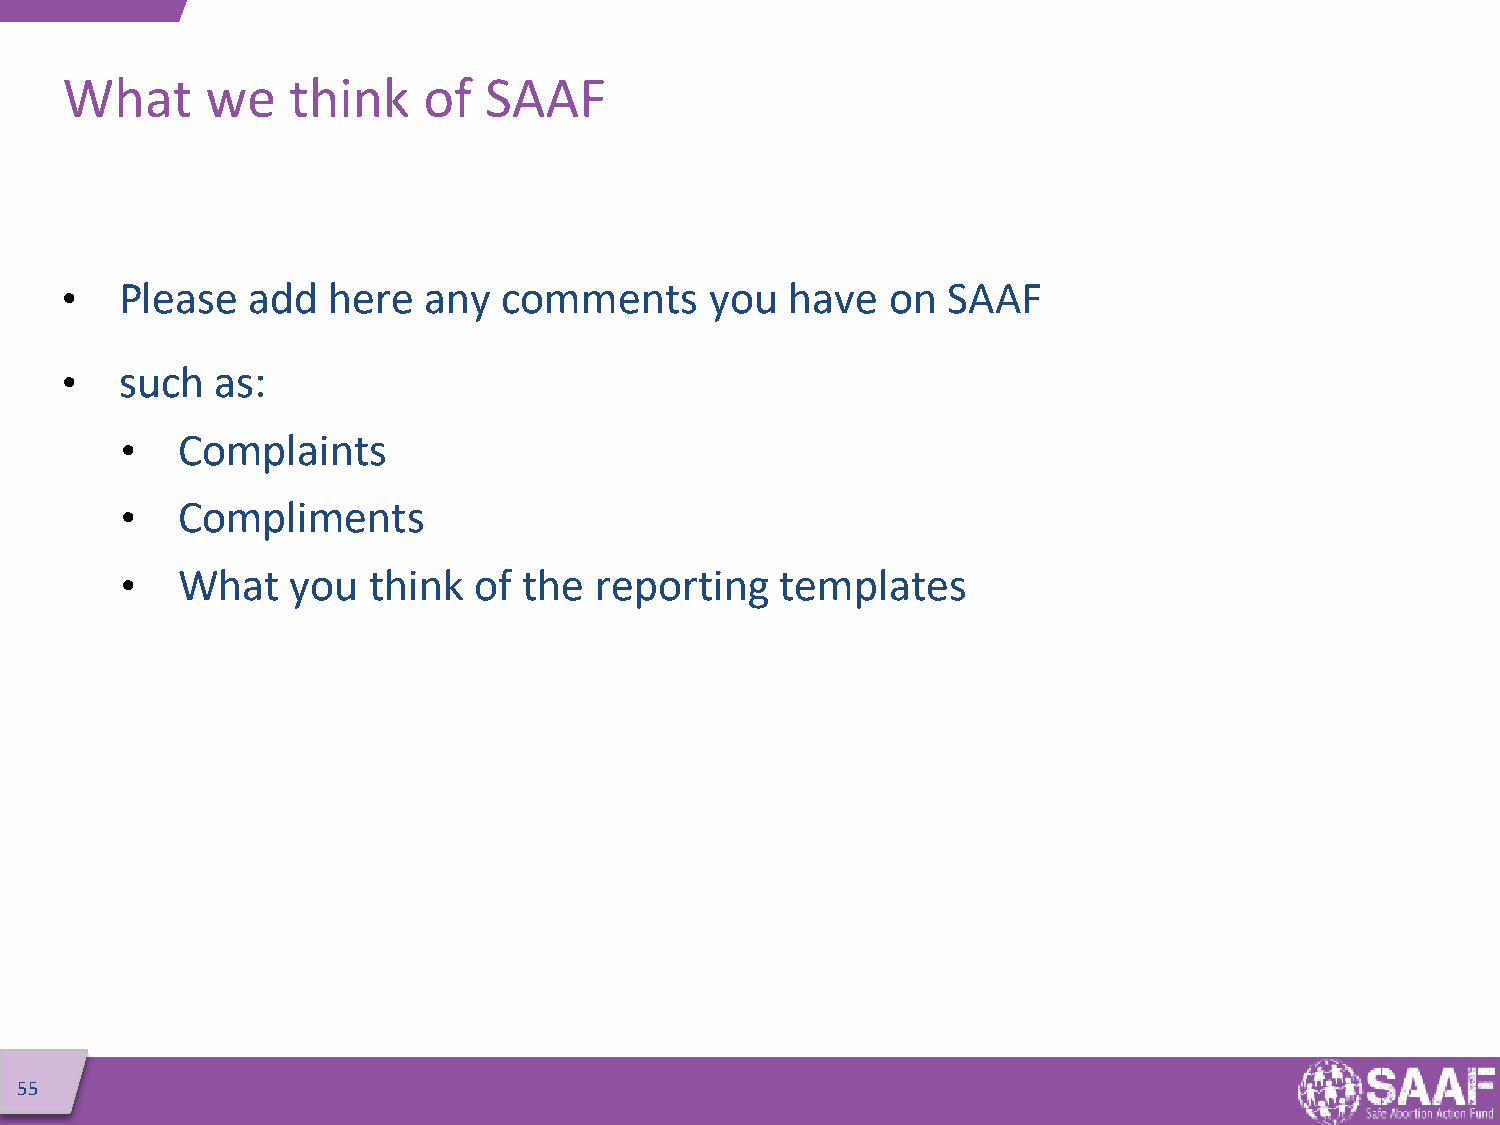
What      we   think    of  SAAF
 •   Please  add   here  any  comments      you  have   on  SAAF
 •   such  as:
 •   Complaints
 •   Compliments
 •   What   you  think  of  the reporting    templates
 55